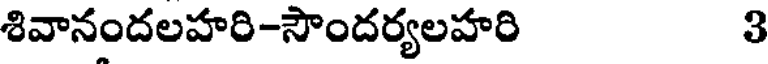
శివానందలహరి-సౌందర్యలహరి 3